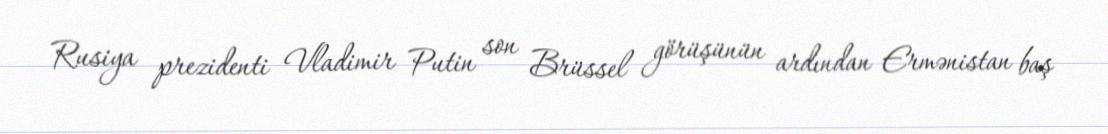
Rusiya prezidenti Vladimir Putin son Brüssel görüşünün ardından Ermənistan baş